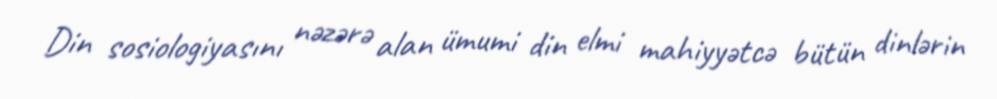
Din sosiologiyasını nəzərə alan ümumi din elmi mahiyyətcə bütün dinlərin